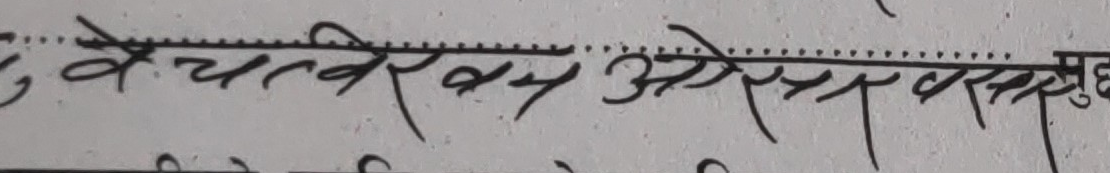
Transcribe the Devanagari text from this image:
, बेचतबेख अचेररसमूछ